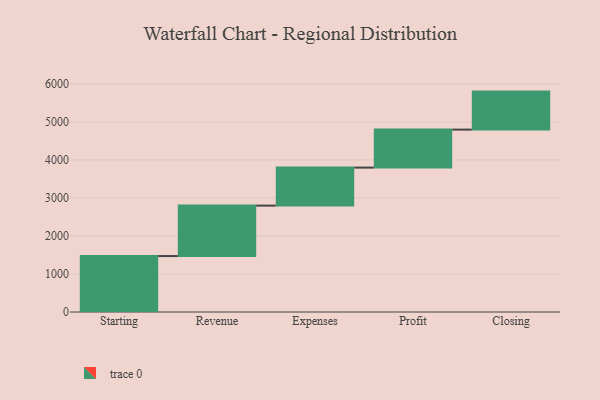
{"axis": {"x": "Step", "y": "Value"}, "legend": [""], "data": [{"x": "Starting", "y": 1472.0, "type": ""}, {"x": "Revenue", "y": 1327.0, "type": ""}, {"x": "Expenses", "y": 1000, "type": ""}, {"x": "Profit", "y": 1000, "type": ""}, {"x": "Closing", "y": 1000, "type": ""}]}